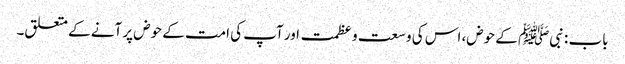
باب : نبیﷺ کے حوض، اس کی وسعت و عظمت اور آپ کی امت کے حوض پر آنے کے متعلق۔